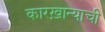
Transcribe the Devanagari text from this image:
कारख़ान्याची